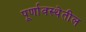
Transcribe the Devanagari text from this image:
पूर्णावस्थेतील